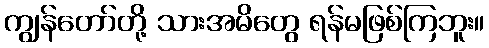
ကျွန်တော်တို့ သားအမိတွေ ရန်မဖြစ်ကြဘူး။